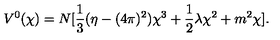
V ^ { 0 } ( \chi ) = N [ { \frac { 1 } { 3 } } ( { \eta - ( 4 \pi ) ^ { 2 } } ) \chi ^ { 3 } + { \frac { 1 } { 2 } } \lambda \chi ^ { 2 } + m ^ { 2 } \chi ] .